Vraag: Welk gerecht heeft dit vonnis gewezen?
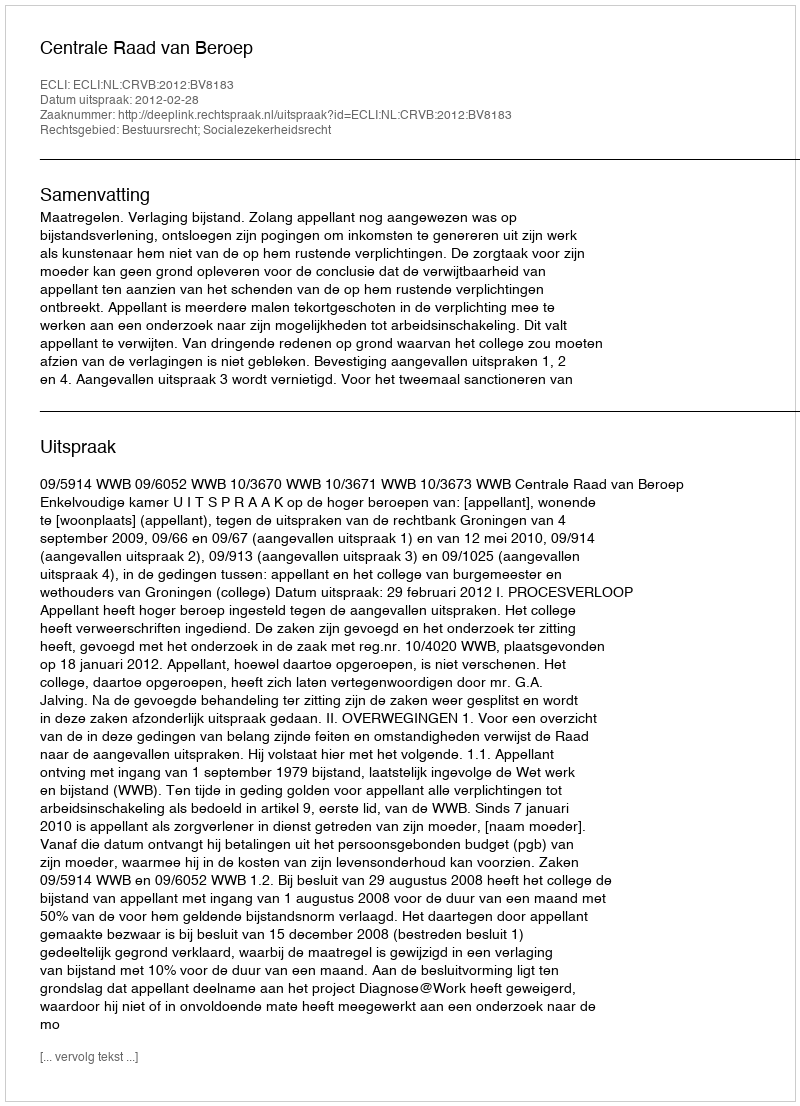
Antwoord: Centrale Raad van Beroep